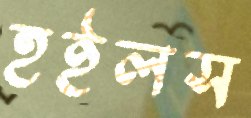
হুইলস